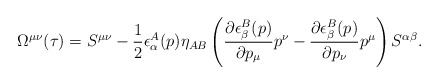
\begin{align*}\Omega^{\mu\nu}(\tau)=S^{\mu\nu}-\frac{1}{2}\epsilon^A_\alpha(p)\eta_{AB} \left(\frac{\partial\epsilon^B_\beta(p)}{\partial p_\mu}p^\nu-\frac{\partial\epsilon^B_\beta(p)}{\partial p_\nu}p^\mu\right)S^{\alpha\beta}. \end{align*}